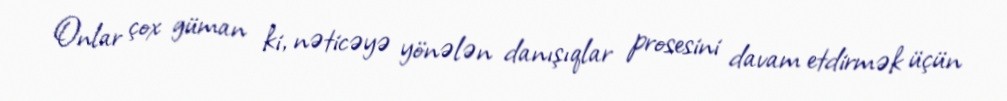
Onlar çox güman ki, nəticəyə yönələn danışıqlar prosesini davam etdirmək üçün